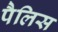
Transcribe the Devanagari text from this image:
पैलिस